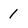
Character: 1